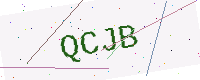
Text: QCJB